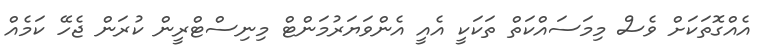
އެއްގޮތަކަށް ވެސް މިމަސައްކަތް ތަކަކީ އެއީ އެންވަޔަރުމަންޓް މިނިސްޓްރީން ކުރަން ޖެހޭ ކަމެއް